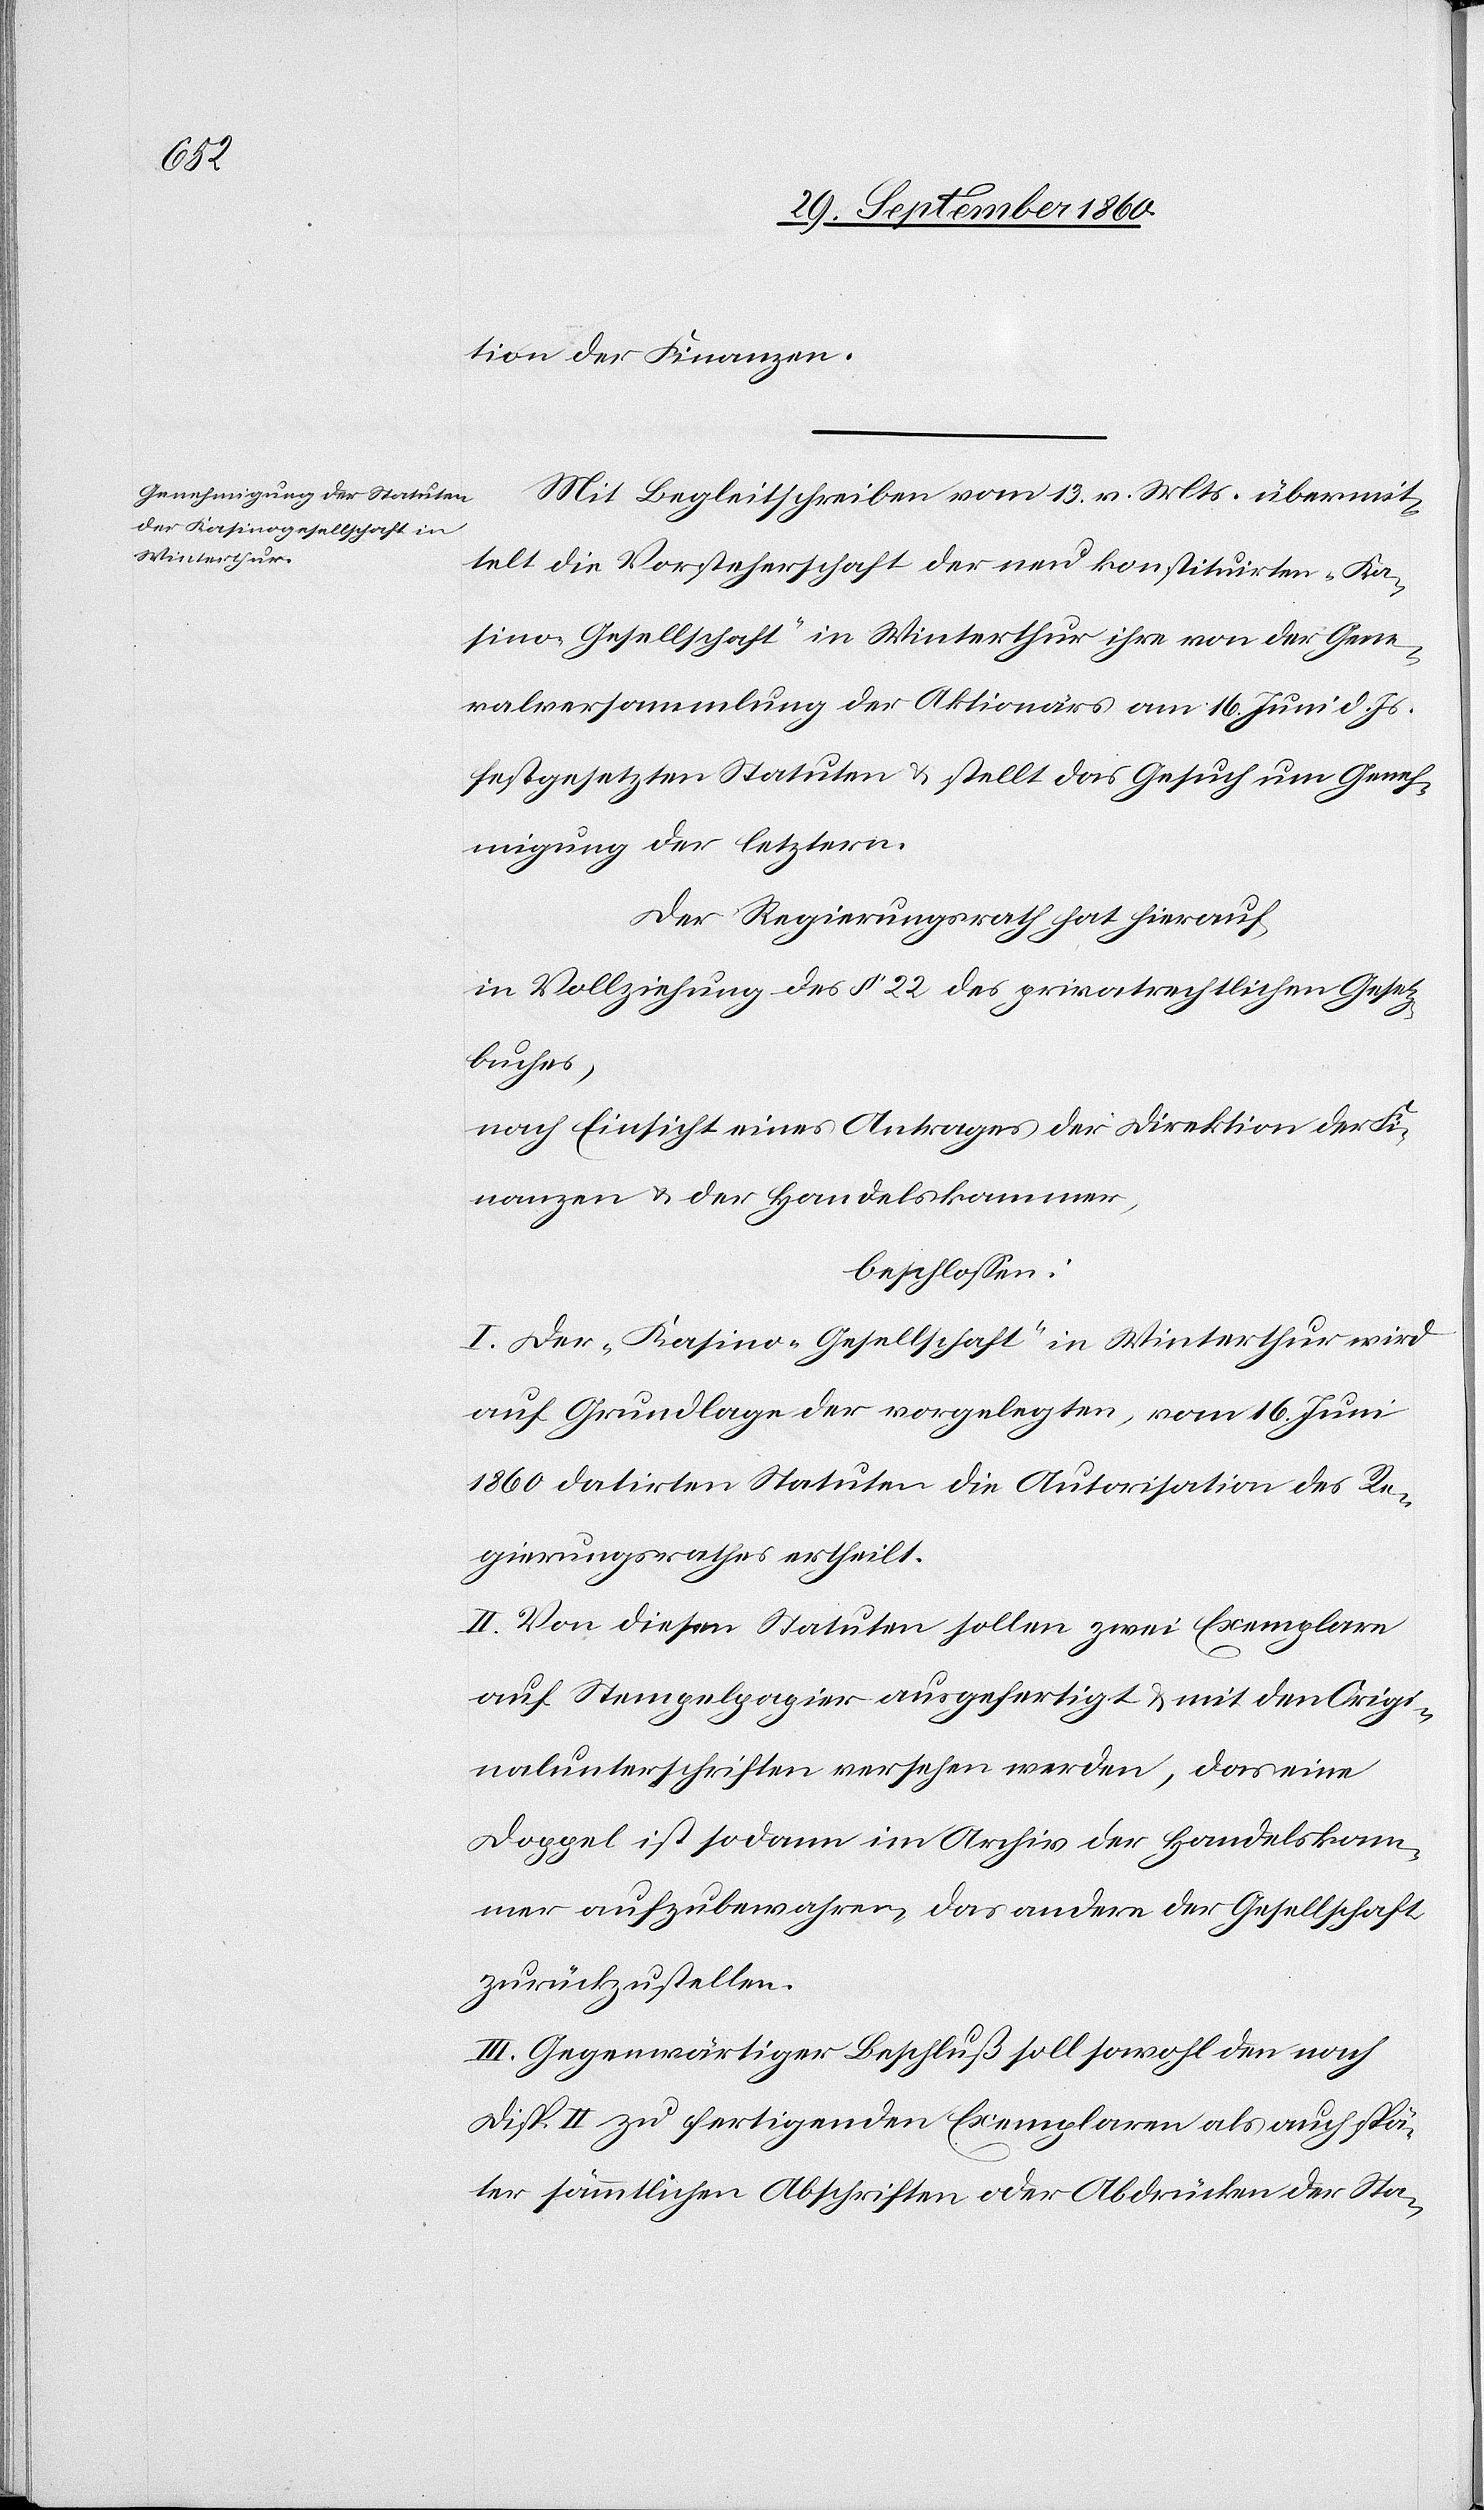
tion der Finanzen.
Mit Begleitschreiben vom 13. v. Mts. übermit¬
telt die Vorsteherschaft der neu konstituirten „Ka¬
sino-Gesellschaft“ in Winterthur ihre von der Gene¬
ralversammlung der Aktionärs am 16. Juni d. Js.
festgesetzten Statuten u. stellt das Gesuch um Geneh¬
migung der letztern.
Der Regierungsrath hat hierauf,
in Vollziehung des § 22 des privatrechtlichen Gesetz¬
buches,
nach Einsicht eines Antrages der Direktion der Fi¬
nanzen u. der Handelskammer,
beschlossen:
I. Der „Kasino-Gesellschaft“ in Winterthur wird
auf Grundlage der vorgelegten, vom 16. Juni
1860 datirten Statuten die Autorisation des Re¬
gierungsrathes ertheilt.
II. Von diesen Statuten sollen zwei Exemplare
auf Stempelpapier ausgefertigt u. mit den Origi¬
nalunterschriften versehen werden, das eine
Doppel ist sodann im Archiv der Handelskam¬
mer aufzubewahren, das andere der Gesellschaft
zurückzustellen.
III. Gegenwärtiger Beschluß soll sowohl den nach
Disp. II zu fertigenden Exemplaren als auch spä¬
ter sämmtlichen Abschriften oder Abdrücken der Sta-